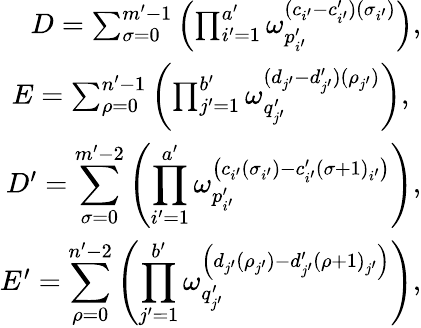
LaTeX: \begin{array}{r}{D=\sum_{\sigma=0}^{m^{\prime}-1}\left(\prod_{i^{\prime}=1}^{a^{\prime}}\omega_{p_{i^{\prime}}^{\prime}}^{(c_{i^{\prime}}-c_{i^{\prime}}^{\prime})(\sigma_{i^{\prime}})}\right),}\\ {E=\sum_{\rho=0}^{n^{\prime}-1}\left(\prod_{j^{\prime}=1}^{b^{\prime}}\omega_{q_{j^{\prime}}^{\prime}}^{(d_{j^{\prime}}-d_{j^{\prime}}^{\prime})(\rho_{j^{\prime}})}\right),~}\\ {D^{\prime}=\displaystyle\sum_{\sigma=0}^{m^{\prime}-2}\left(\prod_{i^{\prime}=1}^{a^{\prime}}\omega_{p_{i^{\prime}}^{\prime}}^{\left(c_{i^{\prime}}(\sigma_{i^{\prime}})-c_{i^{\prime}}^{\prime}\left(\sigma+1\right)_{i^{\prime}}\right)}\right),}\\ {E^{\prime}=\displaystyle\sum_{\rho=0}^{n^{\prime}-2}\left(\prod_{j^{\prime}=1}^{b^{\prime}}\omega_{q_{j^{\prime}}^{\prime}}^{\left(d_{j^{\prime}}(\rho_{j^{\prime}})-d_{j^{\prime}}^{\prime}\left(\rho+1\right)_{j^{\prime}}\right)}\right),}\end{array}